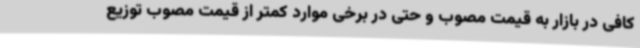
کافی در بازار به قیمت مصوب و حتی در برخی موارد کمتر از قیمت مصوب توزیع